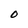
Character: O